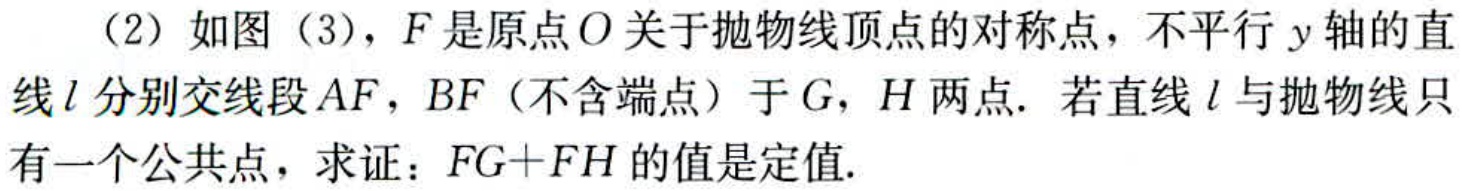
（2）如图（3），\(F\)是原点\(O\)关于抛物线顶点的对称点，不平行\(y\)轴的直线\(l\)分别交线段\(AF\)，\(BF\)（不含端点）于\(G\)，\(H\)两点. 若直线\(l\)与抛物线只有一个公共点，求证：\(FG + FH\)的值是定值.